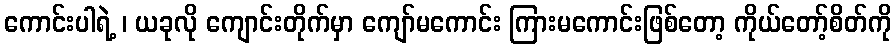
ကောင်းပါရဲ့ ၊ ယခုလို ကျောင်းတိုက်မှာ ကျော်မကောင်း ကြားမကောင်းဖြစ်တော့ ကိုယ်တော့်စိတ်ကို